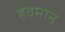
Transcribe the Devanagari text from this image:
हवमान